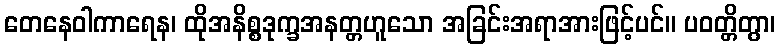
တေနေဝါကာရေန၊ ထိုအနိစ္စဒုက္ခအနတ္တဟူသော အခြင်းအရာအားဖြင့်ပင်။ ပဝတ္တိတွာ၊